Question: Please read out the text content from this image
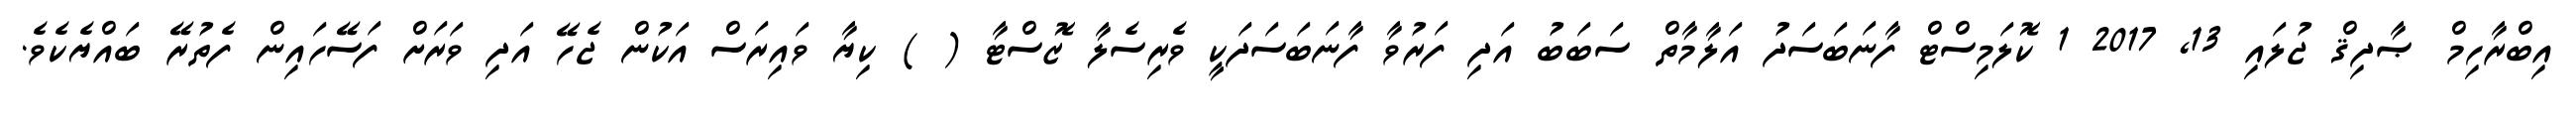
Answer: އިބްރާހިމް ޞާދިޤް ޖުލައި 13, 2017 1 ކޮލަމިސްޓް ފާނަބަސަދު އަލާމާތް ސަބަބު އަދި ފަރުވާ ފާނަބަސަދަކީ ވެރިސެލާ ޒޮސްޓާ ( ) ކިޔާ ވައިރަސް އަކުން ޖެހޭ އަދި ވަރަށް ފަސޭހައިން ފެތުރޭ ބައްޔެކެވެ.